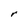
Character: r